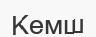
Кемш